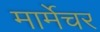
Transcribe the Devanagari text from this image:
मार्मेचर